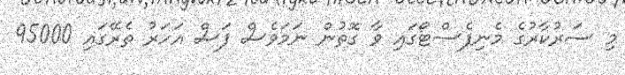
މި ސަރުކާރުގެ މެނިފެސްޓޯގައި ވާ ގޮތުން ނަމަވެސް ފަސް އަހަރު ތެރޭގައި 95000